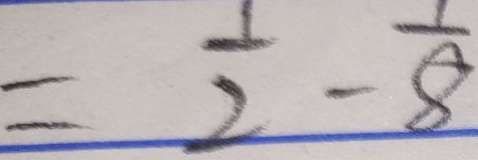
= \frac { 1 } { 2 } - \frac { 1 } { 8 }